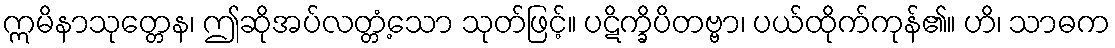
ဣမိနာသုတ္တေန၊ ဤဆိုအပ်လတ္တံ့သော သုတ်ဖြင့်။ ပဋိက္ခိပိတဗ္ဗာ၊ ပယ်ထိုက်ကုန်၏။ ဟိ၊ သာဓက